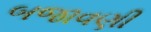
બજાવણી